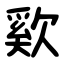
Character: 㰿